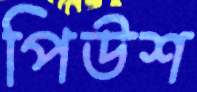
পিউশ